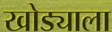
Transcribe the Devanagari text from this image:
खोड्याला